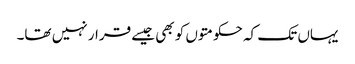
یہاں تک کہ حکومتوں کو بھی جیسے قرار نہیں تھا۔